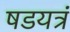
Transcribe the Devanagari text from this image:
षडयत्रं